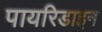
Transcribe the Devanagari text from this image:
पायरिडाइन